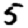
Digit: 5